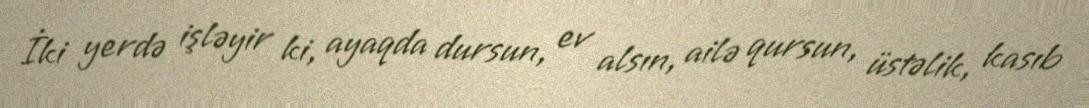
İki yerdə işləyir ki, ayaqda dursun, ev alsın, ailə qursun, üstəlik, kasıb